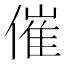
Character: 催